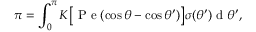
\pi = \int _ { 0 } ^ { \pi } K \big [ \mathrm { ~ P ~ e ~ } ( \cos { \theta } - \cos { \theta ^ { \prime } } ) \big ] \sigma ( \theta ^ { \prime } ) \mathrm { ~ d ~ } \theta ^ { \prime } ,